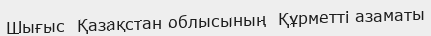
Шығыс  Қазақстан облысының  Құрметті азаматы